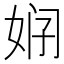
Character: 𱙒